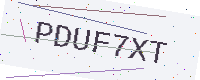
Text: PDUF7XT